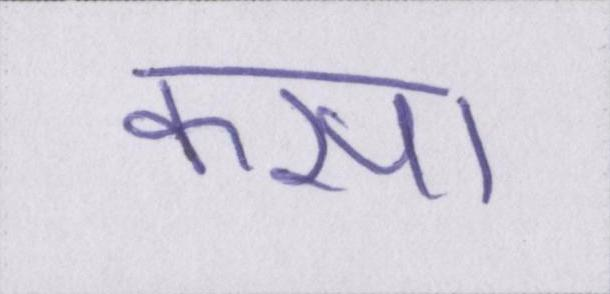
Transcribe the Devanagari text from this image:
कसा